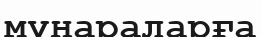
мұнараларға